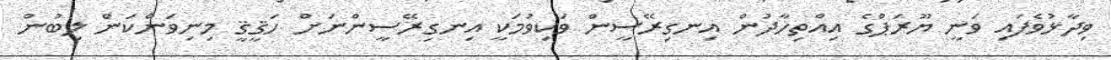
ވިދާޅުވެފައި ވަނީ ޔޫރަޕްގެ އިއްތިހާދުން އިނގިރޭސީން ވަކިވުމަކީ އިނގިރޭސީންނަށް ހަޤީޤީ މިނިވަންކަން ލިބުން